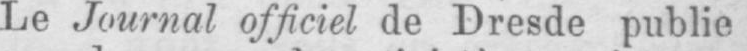
Le Journal officiel de Dresde publie